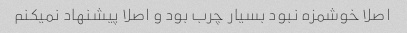
اصلا خوشمزه نبود بسیار چرب بود و اصلا پیشنهاد نمیکنم